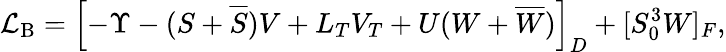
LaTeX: {\cal L}_{\mathrm{B}}=\left[-\Upsilon-(S+\overline{{S}})V+L_{T}V_{T}+U(W+\overline{{W}})\right]_{D}+[S_{0}^{3}W]_{F},